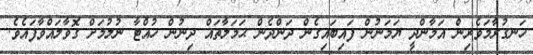
ހަނގުރާމަވެރިން އަމާންދީ ޔަމަނުން ފައިބައިގެން ދަންދެން ޙަމަލާތައް ދިނުން ހުއްޓާ ނުލުމަށް ގޮވާލައްވާފައެވެ.